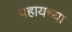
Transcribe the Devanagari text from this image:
पहायच्या